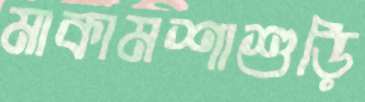
মাকামশাশুড়ি